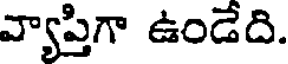
వ్యాప్తిగా ఉండేది.